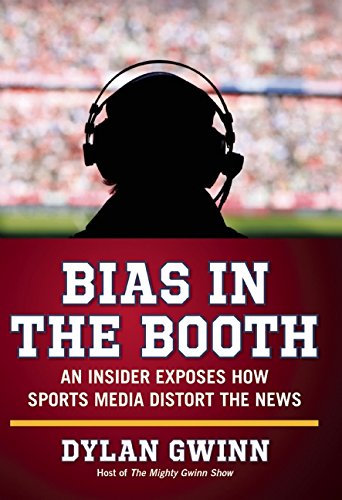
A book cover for Bias in the Booth: An Insider Exposes How the Sports Media Distort the News; Dylan Gwinn; Sports & Outdoors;